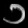
Digit: ၁